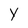
Character: Y